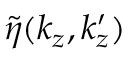
\tilde { \eta } ( k _ { z } , k _ { z } ^ { \prime } )